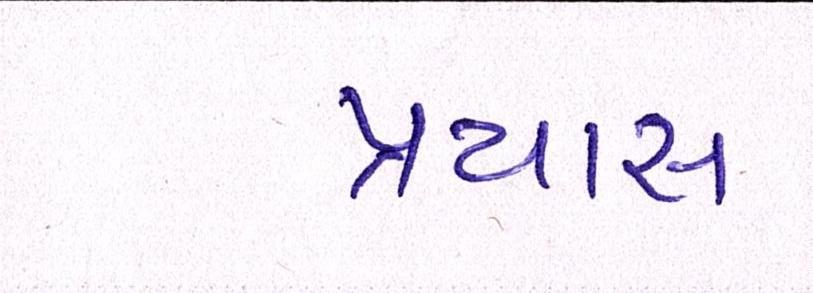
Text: પ્રયાસ